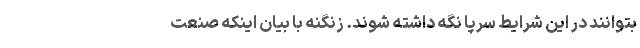
بتوانند در این شرایط سرپا نگه داشته شوند. زنگنه با بیان اینکه صنعت